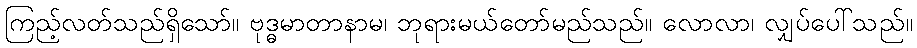
ကြည့်လတ်သည်ရှိသော်။ ဗုဒ္ဓမာတာနာမ၊ ဘုရားမယ်တော်မည်သည်။ လောလာ၊ လျှပ်ပေါ်သည်။